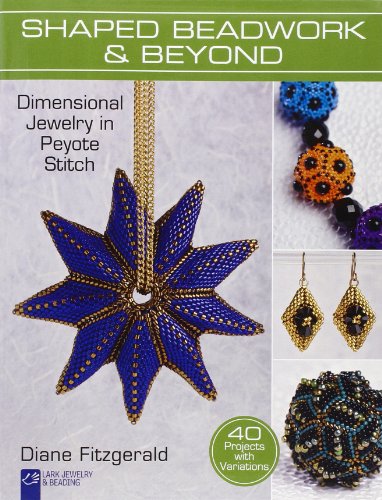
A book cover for Shaped Beadwork & Beyond: Dimensional Jewelry in Peyote Stitch (Lark Jewelry & Beading Bead Inspirations); Diane Fitzgerald; Crafts, Hobbies & Home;